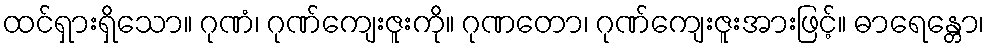
ထင်ရှားရှိသော။ ဂုဏံ၊ ဂုဏ်ကျေးဇူးကို။ ဂုဏတော၊ ဂုဏ်ကျေးဇူးအားဖြင့်။ ဓာရေန္တော၊